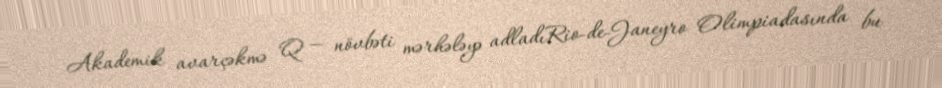
Akademik avarçəkmə Q — növbəti mərhələyə adladıRio-de-Janeyro Olimpiadasında bu